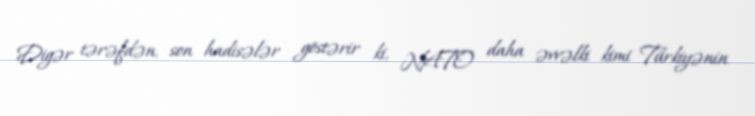
Digər tərəfdən, son hadisələr göstərir ki, NATO daha əvvəlki kimi Türkiyənin